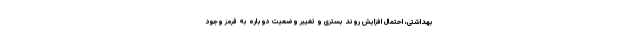
بهداشتی، احتمال افزایش روند بستری و تغییر وضعیت دوباره به قرمز وجود